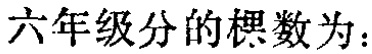
六年级分的棵数为：